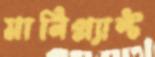
মানিপ্ল্যান্ট